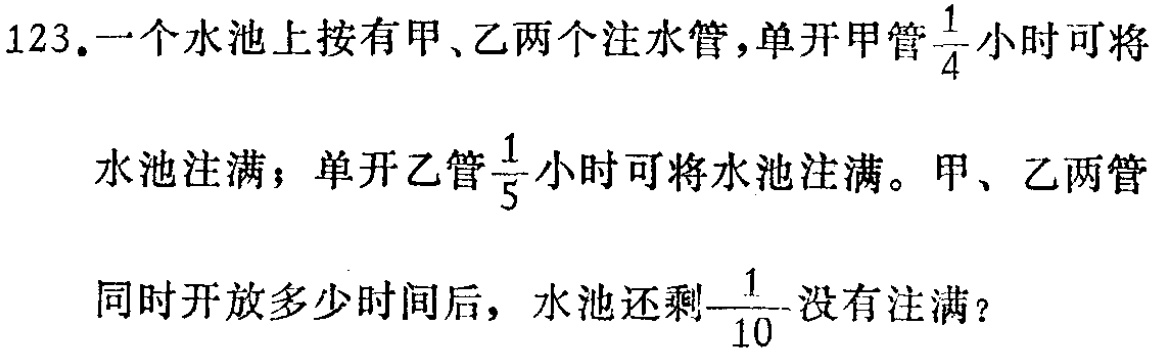
123.一个水池上按有甲、乙两个注水管，单开甲管$\frac{1}{4}$小时可将

水池注满；单开乙管$\frac{1}{5}$小时可将水池注满。甲、乙两管

同时开放多少时间后，水池还剩$\frac{1}{10}$没有注满？